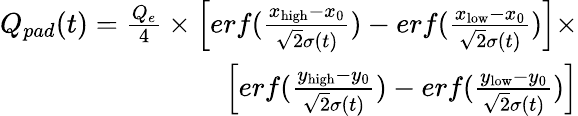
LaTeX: \begin{array}{r}{Q_{pad}(t)=\frac{Q_{e}}{4}\times\left[erf(\frac{x_{\textup{high}}-x_{0}}{\sqrt{2}\sigma(t)})-erf(\frac{x_{\textup{low}}-x_{0}}{\sqrt{2}\sigma(t)})\right]\times}\\ {\left[erf(\frac{y_{\textup{high}}-y_{0}}{\sqrt{2}\sigma(t)})-erf(\frac{y_{\textup{low}}-y_{0}}{\sqrt{2}\sigma(t)})\right]}\end{array}